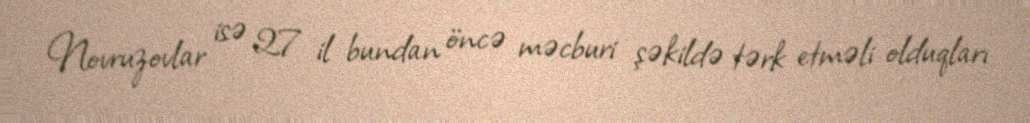
Novruzovlar isə 27 il bundan öncə məcburi şəkildə tərk etməli olduqları